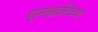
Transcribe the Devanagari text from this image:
धुमश्चक्रीच्या